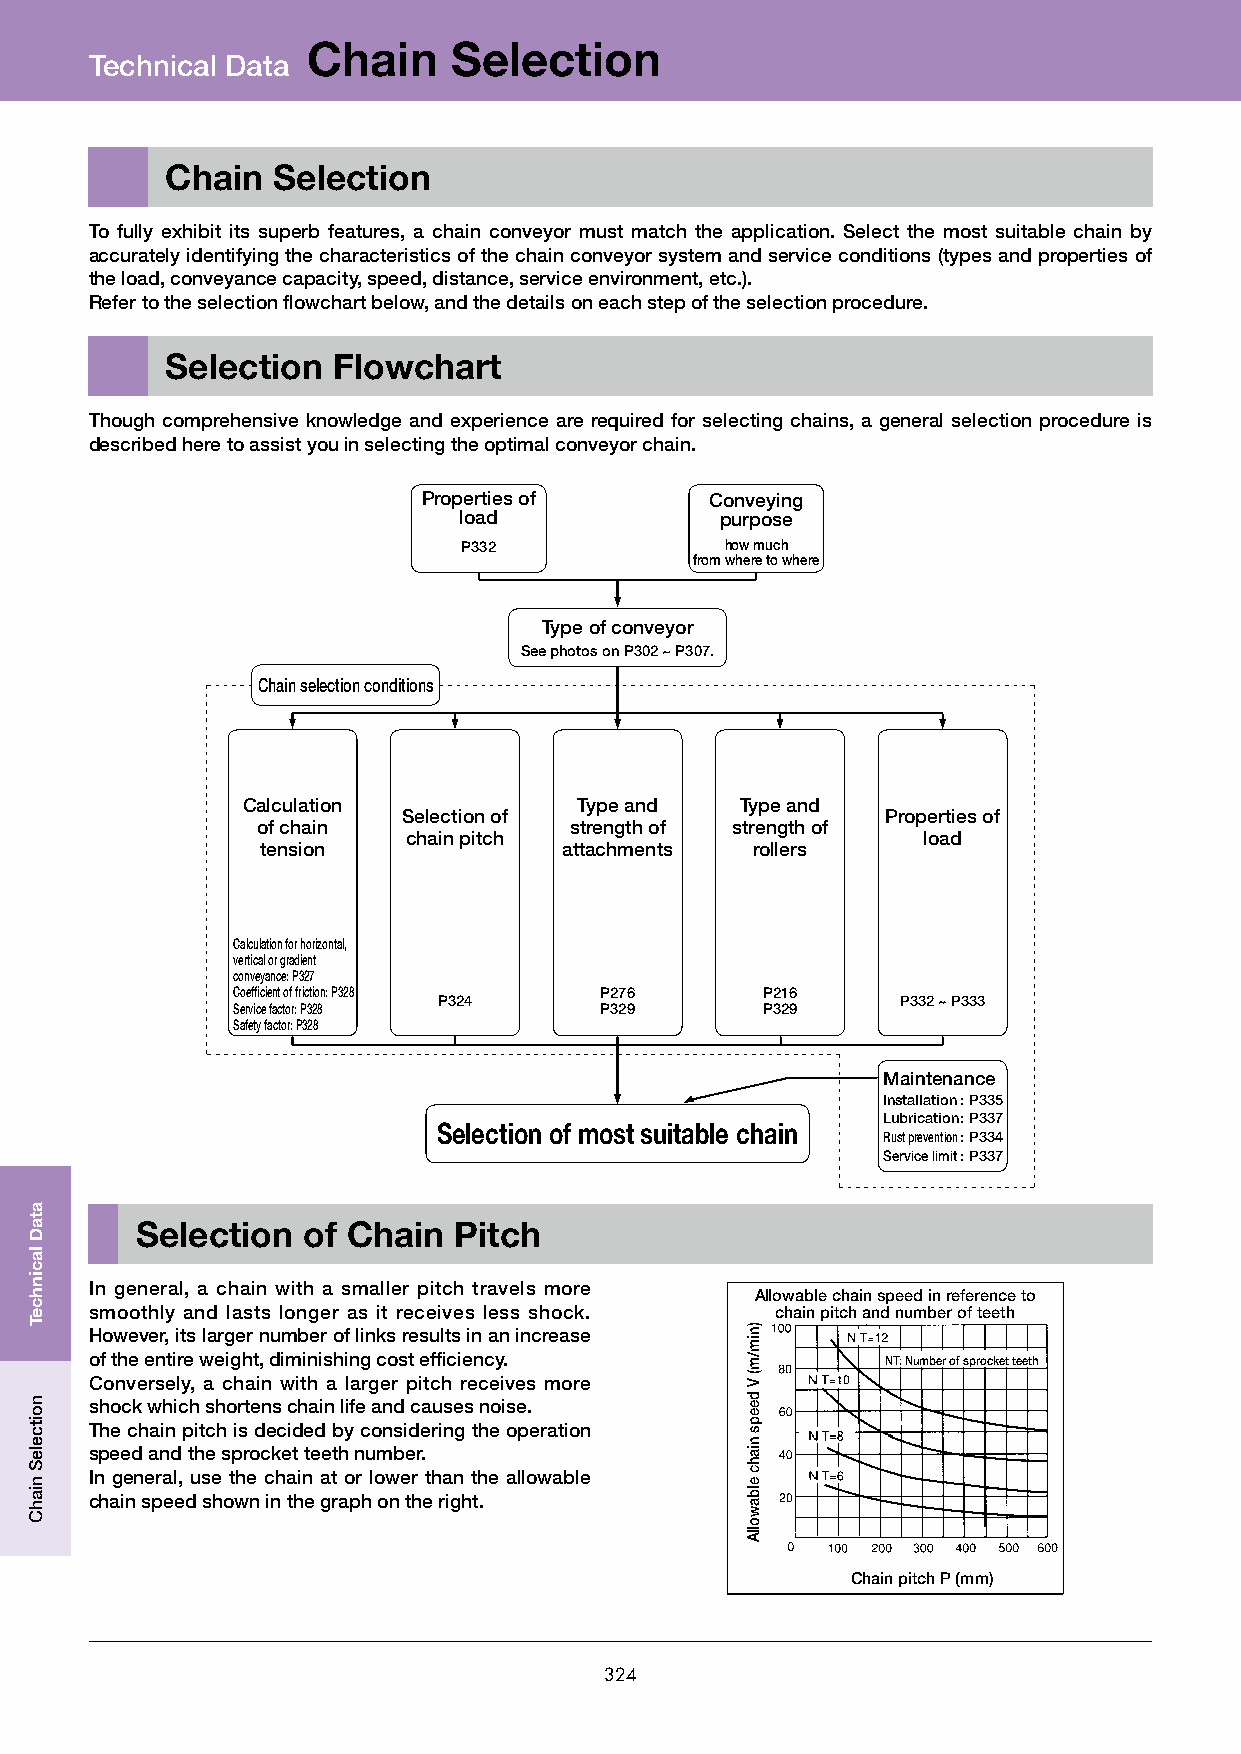
Chain     Selection
 Technical Data
 Chain  Selection
 To fully exhibit its superb features, a chain conveyor must match the application. Select the most suitable chain by
 accurately identifying the characteristics of the chain conveyor system and service conditions (types and properties of
 the load, conveyance capacity, speed, distance, service environment, etc.).
 Refer to the selection flowchart below, and the details on each step of the selection procedure.
 Selection  Flowchart
 Though comprehensive knowledge and experience are required for selecting chains, a general selection procedure is
 described here to assist you in selecting the optimal conveyor chain.
 Properties of      Conveying
 load              purpose
 P332             how much
 from where to where
 Type of conveyor
 See photos on P302 ~ P307.
 Chain selection conditions
 Calculation           Type and   Type and
 Selection of                    Properties of
 of chain             strength of strength of
 chain pitch                       load
 tension             attachments  rollers
 Calculation for horizontal,
 vertical or gradient
 conveyance: P327
 Coefficient of friction: P328 P276 P216
 P324                           P332 ~ P333
 Service factor: P328     P329      P329
 Safety factor: P328
 Maintenance
 Installation : P335
 Lubrication : P337
 Selection of most suitable chain
 Rust prevention : P334
 Service limit : P337
 Selection  of Chain  Pitch
 In general, a chain with a smaller pitch travels more
 Allowable chain speed in reference to
 smoothly and lasts longer as it receives less shock. chain pitch and number of teeth
 However, its larger number of links results in an increase
 of the entire weight, diminishing cost efficiency.   NT: Number of sprocket teeth
 Conversely, a chain with a larger pitch receives more
 shock which shortens chain life and causes noise.
 The chain pitch is decided by considering the operation
 speed and the sprocket teeth number.
 In general, use the chain at or lower than the allowable
 chain speed shown in the graph on the right.
 Chain pitch P (mm)
 324
 ataD
 lacinhceT
 noitceleS
 niahC
 )nim/m(
 V
 deeps
 niahc
 elbawollA